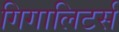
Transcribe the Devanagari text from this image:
गिगालिटर्स